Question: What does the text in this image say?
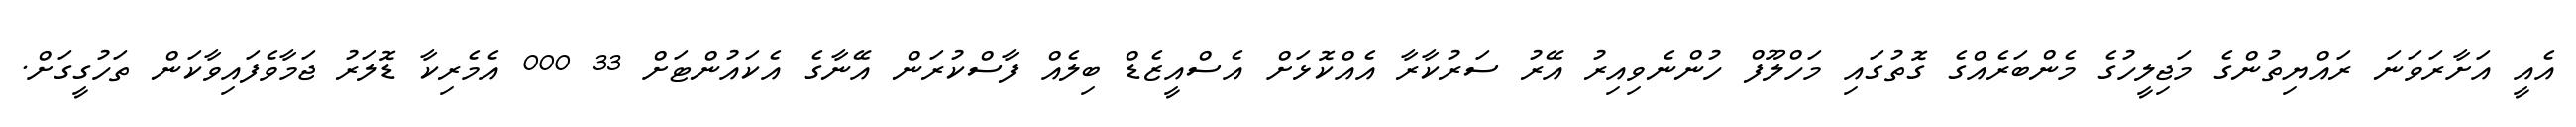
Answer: އެއީ އަށާރަވަނަ ރައްޔިތުންގެ މަޖިލީހުގެ މެންބަރެއްގެ ގޮތުގައި މަހްލޫފް ހުންނެވިއިރު އޭރު ސަރުކާރާ އެއްކޮޅަށް އެސްއީޒެޑް ބިލެއް ފާސްކުރަން އޭނާގެ އެކައުންޓަށް 33 000 އެމެރިކާ ޑޮލަރު ޖަމާވެފައިވާކަން ތަހުގީގަށް.